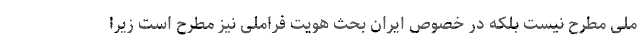
ملی مطرح نیست بلکه در خصوص ایران بحث هویت فراملی نیز مطرح است زیرا